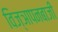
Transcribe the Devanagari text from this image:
विज्ञापनबाजी